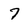
Character: 7